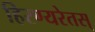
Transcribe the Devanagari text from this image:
हिरण्यरेतस्